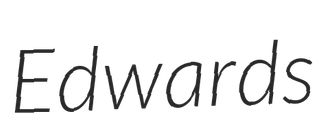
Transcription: Edwards